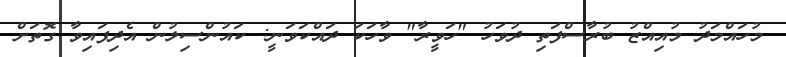
މުހައްމަދު މުއިއްޒު ބުރާސްފަތި ދުވަހު "ހަވީރާ" ވާހަކަ ދައްކަވަނީ: ކައުންސިލުން އެދިފައިވާ ގޮތަށް